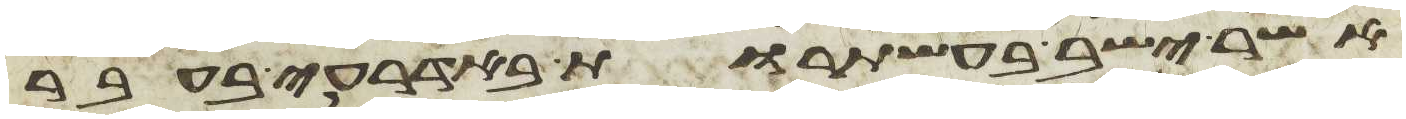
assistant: אשר ישב בעשתרות באדרעי בעבר